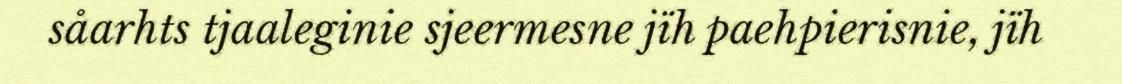
såarhts tjaaleginie sjeermesne jïh paehpierisnie, jïh